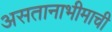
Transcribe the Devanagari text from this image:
असतानाभीमाची